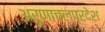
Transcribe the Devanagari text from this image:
अरुणाचलप्रदेश